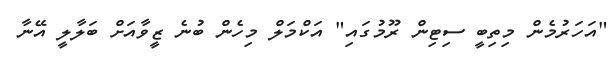
"އަހަރުމެން މިތިބީ ސިޓިން ރޫމުގައި" އަކްމަލް މިހެން ބުނެ ޒީވާއަށް ބަލާލީ އޭނާ